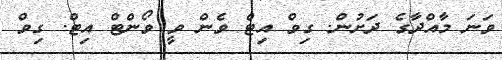
ވަނަ މާއްދާގެ ދަށުން. ގިވް އިޓް ވެން ވީ ވޯންޓް އިޓް. ގިވް